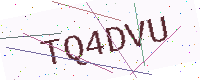
Text: TQ4DVU